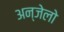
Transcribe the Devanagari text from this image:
अन्जेलो